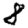
Digit: 8